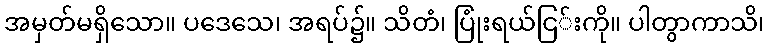
အမှတ်မရှိသော။ ပဒေသေ၊ အရပ်၌။ သိတံ၊ ပြုံးရယ်ငြ်းကို။ ပါတွာကာသိ၊